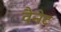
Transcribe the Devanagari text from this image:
वैनेट